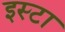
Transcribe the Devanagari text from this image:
इस्टा